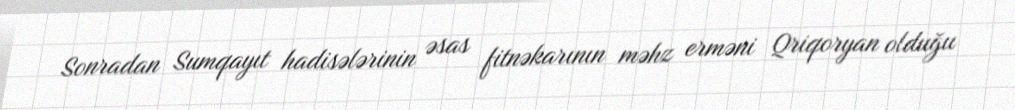
Sonradan Sumqayıt hadisələrinin əsas fitnəkarının məhz erməni Qriqoryan olduğu